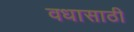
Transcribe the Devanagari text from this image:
वधासाठी